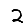
Digit: 2